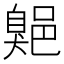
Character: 𦤡